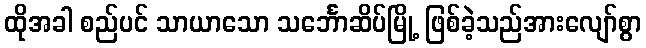
ထိုအခါ စည်ပင် သာယာသော သင်္ဘောဆိပ်မြို့ ဖြစ်ခဲ့သည်အားလျော်စွာ